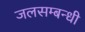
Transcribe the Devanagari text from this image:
जलसम्बन्धी